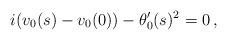
LaTeX: \begin{align*}i (v_0(s)-v_0(0)) - \theta_0'(s) ^2 =0\,,\end{align*}